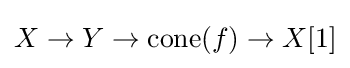
X\to Y\to {\text{cone}}(f)\to X[1]